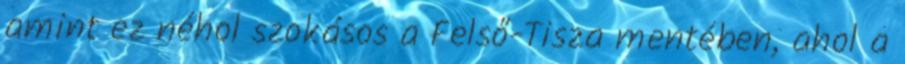
amint ez néhol szokásos a Felső-Tisza mentében, ahol a